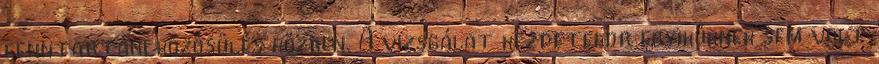
fenntartani közösülés közben. A vizsgálat kezdetekor egyiküknek sem volt